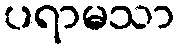
ပရာမသာ